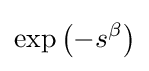
\exp \left(-s^{\beta }\right)